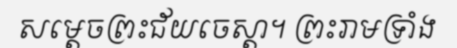
សម្តេចព្រះជ័យចេស្តា។ ព្រះរាមទ្រាំង